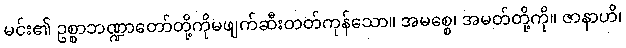
မင်း၏ ဥစ္စာဘဏ္ဍာတော်တို့ကိုမဖျက်ဆီးတတ်ကုန်သော။ အမစ္စေ၊ အမတ်တို့ကို။ ဇာနာဟိ၊